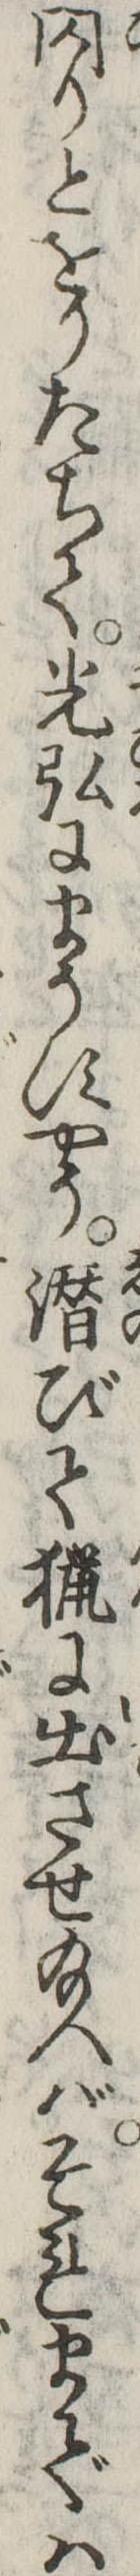
閃りとをりたちて光弘にまうすやう潜びて猟に出させ給へばそれまでは